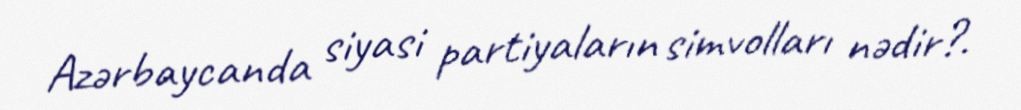
Azərbaycanda siyasi partiyaların simvolları nədir?.